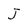
Character: J